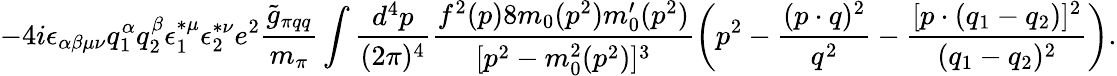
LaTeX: -4i\epsilon_{\alpha\beta\mu\nu}q_{1}^{\alpha}q_{2}^{\beta}\epsilon_{1}^{\ast\mu}\epsilon_{2}^{\ast\nu}e^{2}\frac{\widetilde{g}_{\pi qq}}{m_{\pi}}\int\frac{d^{4}p}{(2\pi)^{4}}\frac{f^{2}(p)8m_{0}(p^{2})m_{0}^{\prime}(p^{2})}{[p^{2}-m_{0}^{2}(p^{2})]^{3}}\left(p^{2}-\frac{(p\cdot q)^{2}}{q^{2}}-\frac{[p\cdot(q_{1}-q_{2})]^{2}}{(q_{1}-q_{2})^{2}}\right).